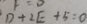
D + 2 E + 5 = 0